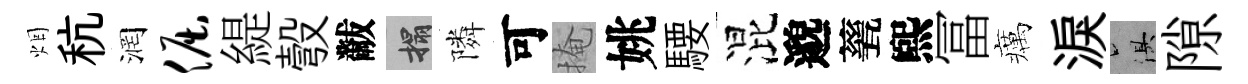
烟秔润倔緹彀黻搨隣可掩姚騕混邈甆煕冨癘淚俱隙